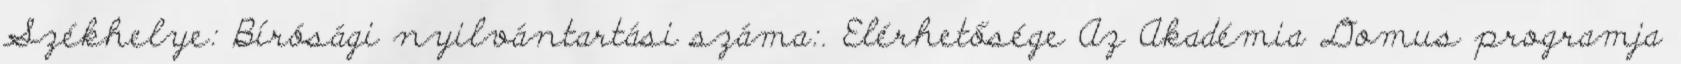
Székhelye: Bírósági nyilvántartási száma:. Elérhetősége Az Akadémia Domus programja